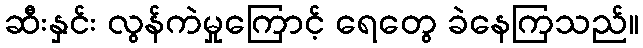
ဆီးနှင်း လွန်ကဲမှုကြောင့် ရေတွေ ခဲနေကြသည်။